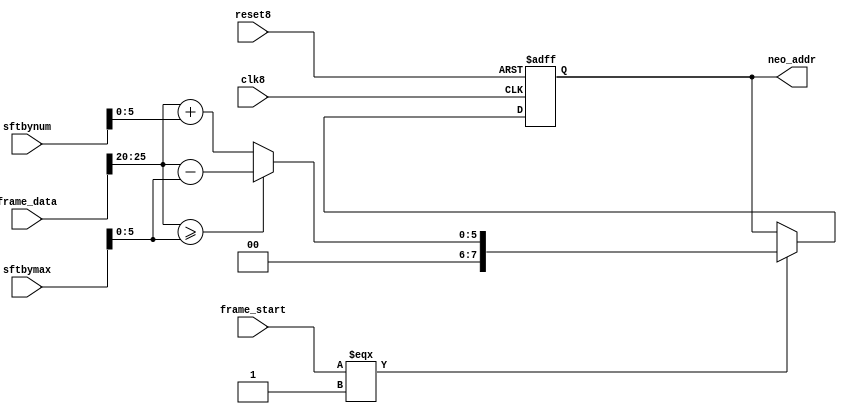
//--------------------------------------------------------------------------------
// Module Name: sftbyn - rtl
// By: Grant Grummer
//  
// Description: shift lites address by an amount.  
//    Depends on delay from neo_color.
// 
// Revision 0.0 
// 
//--------------------------------------------------------------------------------

module sftbyn(clk8,reset8,frame_start,frame_data,sftbynum,sftbymax,neo_addr);

   input  clk8;
   input  reset8;
   input  frame_start;
   input  [25:0] frame_data;
   input  [7:0]  sftbynum;
   input  [7:0]  sftbymax;
   
   output [7:0]  neo_addr;
   
   reg    [7:0]  neo_addr;
   
   
   // add the amount of shift to address 
   always @ (posedge clk8 or posedge reset8)
   begin
      if (reset8)
         begin
            neo_addr <= 8'h00;
         end
      else
         begin
            if (frame_start === 1'b1)
               begin
                  if (frame_data[25:20] >= sftbymax[5:0])
                     begin
                        // subtract max shift from address
                        neo_addr <= {2'b00, frame_data[25:20] - sftbymax[5:0]};
                     end
                  else
                     begin
                        // add shift to address
                        neo_addr <= {2'b00, frame_data[25:20] + sftbynum[5:0]};
                     end
               end
         end
   end
   
   
endmodule